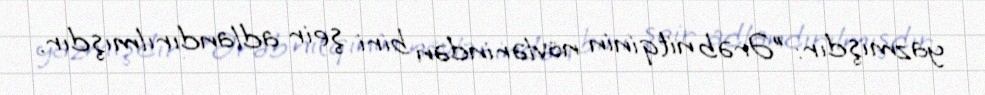
yazmışdır: "Ərəb nitqinin növlərindən biri şeir adlandırılmışdır.